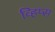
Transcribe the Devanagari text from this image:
व्हिप्स